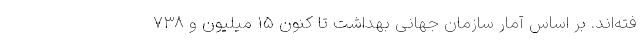
فته‌اند. بر اساس آمار سازمان جهانی بهداشت تا کنون ۱۵ میلیون و ۷۳۸